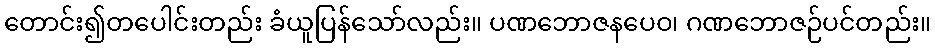
တောင်း၍တပေါင်းတည်း ခံယူပြန်သော်လည်း။ ပဏဘောဇနပေဝ၊ ဂဏဘောဇဉ်ပင်တည်း။